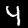
Label: 4